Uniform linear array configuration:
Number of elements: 48
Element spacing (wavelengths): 0.75
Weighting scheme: blackman
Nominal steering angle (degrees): -45
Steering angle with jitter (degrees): -43.417
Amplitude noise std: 0.05
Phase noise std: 0.05

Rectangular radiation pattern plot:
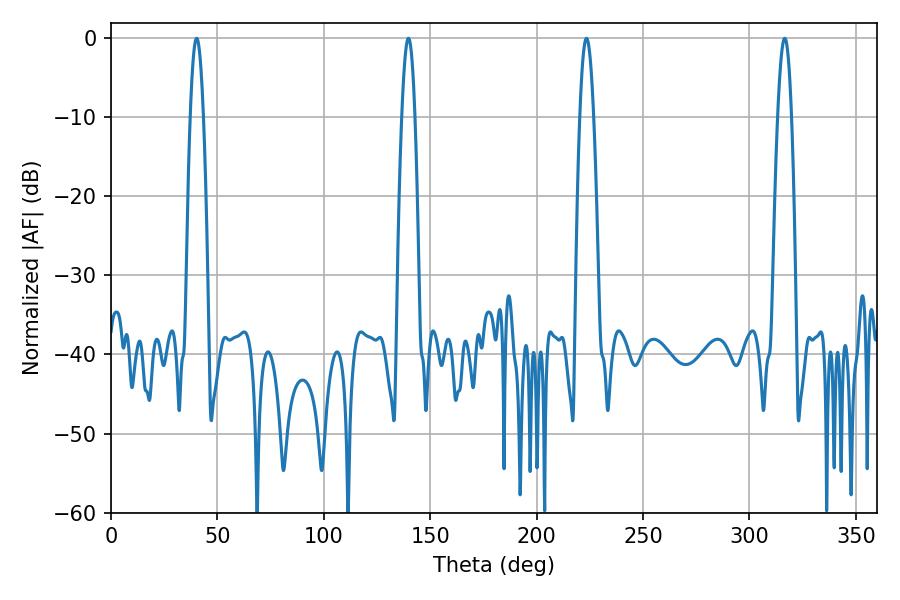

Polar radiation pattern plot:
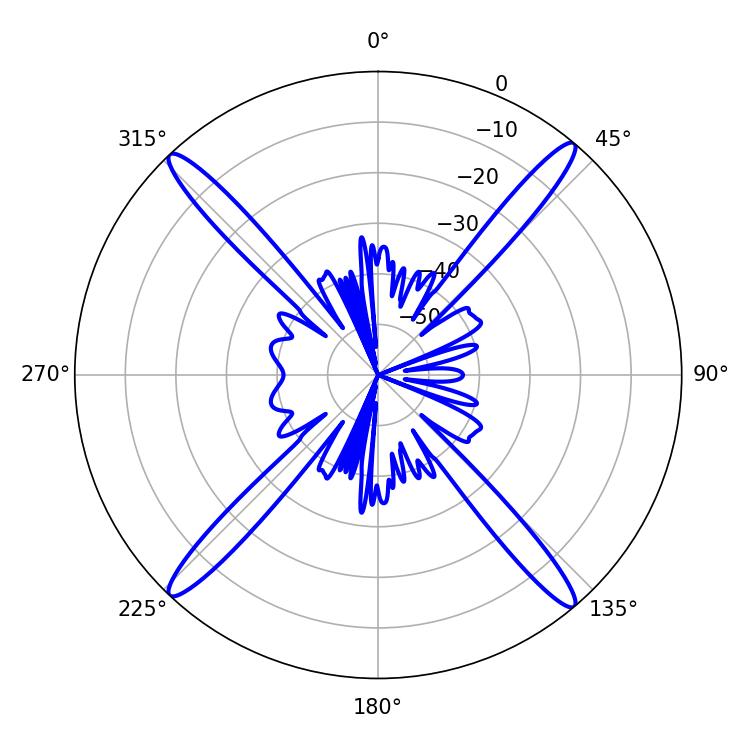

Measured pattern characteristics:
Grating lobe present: TRUE
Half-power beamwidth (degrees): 3.42
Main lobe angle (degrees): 223.38